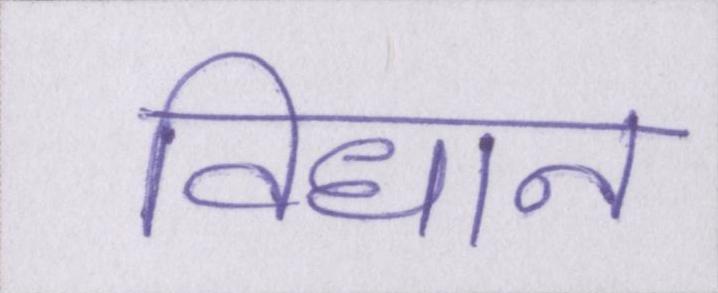
विधान